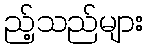
ည့်သည်များ